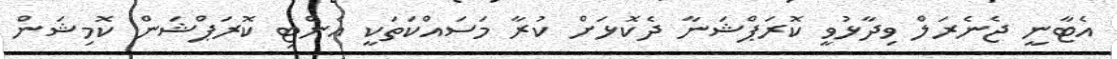
އެޓާނީ ޖެނެރަލް ވިދާޅުވީ ކޮރަޕްޝަނާ ދެކޮޅަށް ކުރާ މަސައްކަތަކީ އެންޓި ކޮރަޕްޝަން ކޮމިޝަން